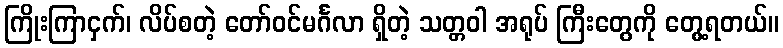
ကြိုးကြာငှက်၊ လိပ်စတဲ့ တော်ဝင်မင်္ဂလာ ရှိတဲ့ သတ္တဝါ အရုပ် ကြီးတွေကို တွေ့ရတယ်။